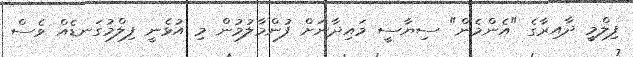
ފިލްމީ ދާއިރާގެ "އެންމެން" ސިޔާސީ މައިދާނަށް ފުންމާލުމުން މި އުޅެނީ ފިލްމުގަނޑެއް ވެސް